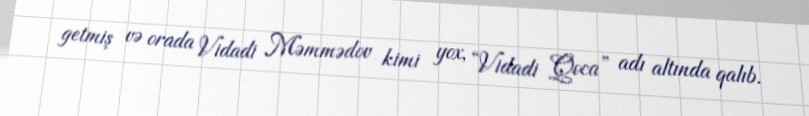
getmiş və orada Vidadi Məmmədov kimi yox, “Vidadi Qoca” adı altında qalıb.